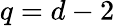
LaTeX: q=d-2